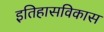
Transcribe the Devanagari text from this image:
इतिहासविकास